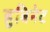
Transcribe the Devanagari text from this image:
हुबिनेट